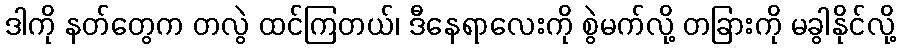
ဒါကို နတ်တွေက တလွဲ ထင်ကြတယ်၊ ဒီနေရာလေးကို စွဲမက်လို့ တခြားကို မခွါနိုင်လို့